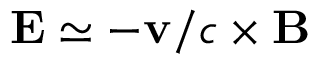
\mathbf { E } \simeq - \mathbf { v } / c \times \mathbf { B }